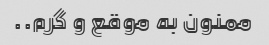
ممنون به موقع و گرم..